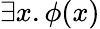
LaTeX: \exists x.\phi(x)